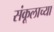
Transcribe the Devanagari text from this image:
संकूलाच्या